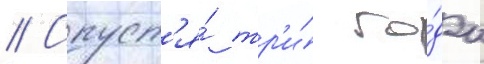
// Спуст'я́ тр'и́ го́да